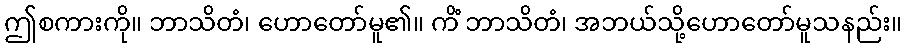
ဤစကားကို။ ဘာသိတံ၊ ဟောတော်မူ၏။ ကိံ ဘာသိတံ၊ အဘယ်သို့ဟောတော်မူသနည်း။